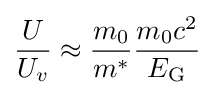
{\frac {U}{U_{v}}}\approx {\frac {m_{0}}{m^{*}}}{\frac {m_{0}c^{2}}{E_{\rm {G}}}}